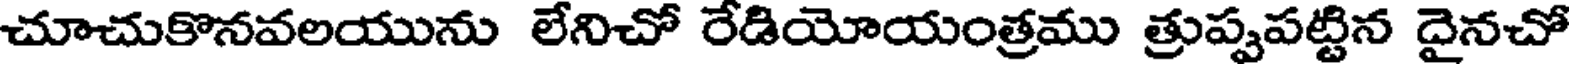
చూచుకొనవలయును లేనిచో రేడియోయంత్రము త్రుప్పపట్టిన దైనచో